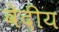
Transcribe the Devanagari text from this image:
वेदीय